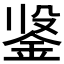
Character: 𲇍